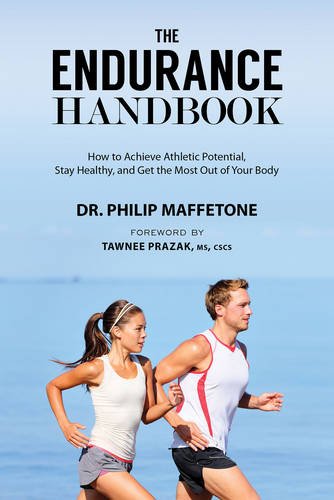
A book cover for The Endurance Handbook: How to Achieve Athletic Potential, Stay Healthy, and Get the Most Out of Your Body; Philip Maffetone; Health, Fitness & Dieting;